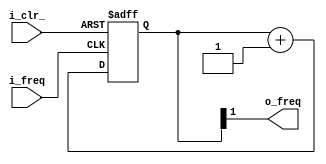
//frequency divider
//o_freq = i_freq % 2^n 
module frequencyDivider_beh(o_freq, i_freq, i_clr_);
  parameter n=2; // o_clk = i_clk % 2^n 
  output o_freq;
  input  i_freq, i_clr_;
  
  reg [n-1:0] delay;
  assign o_freq = delay[n-1];
  always@(posedge i_freq or negedge i_clr_)begin
    if(!i_clr_)
      delay = 'b0;
    else
      delay <= delay+1;
  end
  
endmodule